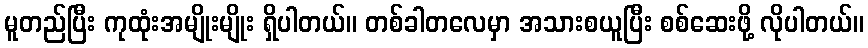
မူတည်ပြီး ကုထုံးအမျိုးမျိုး ရှိပါတယ်။ တစ်ခါတလေမှာ အသားစယူပြီး စစ်ဆေးဖို့ လိုပါတယ်။